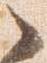
之